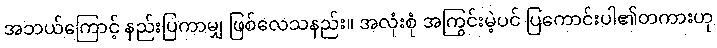
အဘယ်ကြောင့် နည်းပြကာမျှ ဖြစ်လေသနည်း။ အလုံးစုံ အကြွင်းမဲ့ပင် ပြကောင်းပါ၏တကားဟု